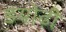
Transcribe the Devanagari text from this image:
डयोढ़ी